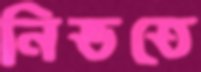
নিভতে